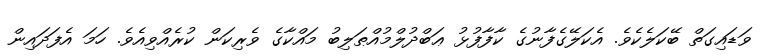
ވަޑައިގަތް ބޭކަލެކެވެ. އެކަލޭގެފާނުގެ ކާފާފުޅު ޢަބްދުލްމުއްޠަލިބު މައްކާގެ ވެރިކަން ކުރެއްވިއެވެ. ހަމަ އެފަދައިން